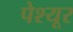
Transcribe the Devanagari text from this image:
पेश्यूर